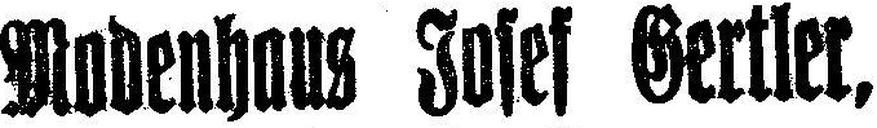
Modenhaus Josef Gertler,